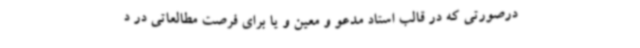
درصورتی که در قالب استاد مدعو و معین و یا برای فرصت مطالعاتی در د